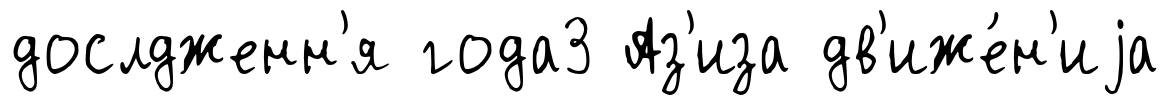
дослдженн'я года3 Аз'иза дв'иже́н'иjа